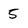
Character: 5